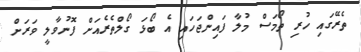
ތެރޭގައި ހުރި ތޯމަސް މުލާ ފައިންޖަހައި އެ ބޯޅަ ގޯލްތެރެއަށް ފޮނުވާލީ ވަރަށް